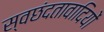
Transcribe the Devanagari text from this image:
स्वछंदतावादियों